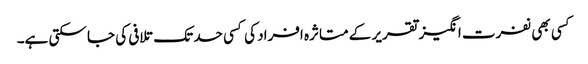
کسی بھی نفرت انگیز تقریر کے متاثرہ افراد کی کسی حد تک تلافی کی جا سکتی ہے۔